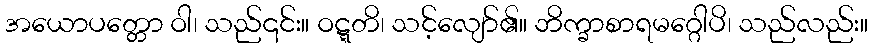
အယောပတ္တော ဝါ၊ သည်၎င်း။ ဝဋ္ဋတိ၊ သင့်လျော်၏။ ဘိက္ခာစာရမဂ္ဂေါပိ၊ သည်လည်း။